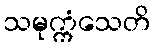
သမုက္ကံသေတိ